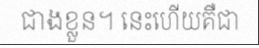
ជាងខ្លួន។ នេះហើយគឺជា